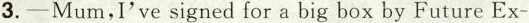
3.-Mum,I've signed for a big box by Future Ex-